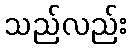
သည်လည်း